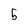
Character: 5